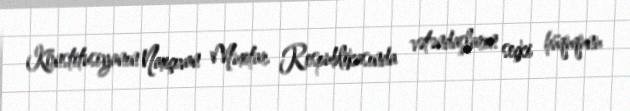
Konstitusiyanın Naxçıvan Muxtar Respublikasında vətəndaşların seçki hüququnu